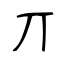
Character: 丌